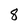
Character: 8